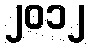
၂၀၁၂